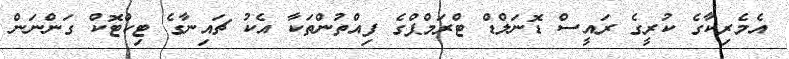
އެމެރިކާގެ ކުރީގެ ރައީސް ޑޮނަލްޑް ޓްރަމްޕްގެ ފިއްތުންތަކާ އެކު ޗައިނާގެ ޓިކްޓޮކް ގަންނަން